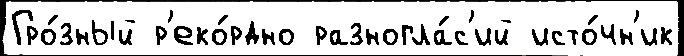
Гро́зный р'еко́рдно разногла́с'ий исто́чн'ик